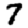
Digit: 7